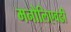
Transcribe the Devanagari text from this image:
मनोलिएवढी